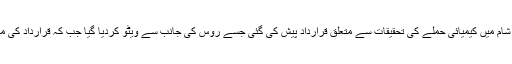
غیر ملکی خبررساں ادارے کے مطابق امریکا کی جانب سے اقوام متحدہ کی سلامتی کونسل میں شام میں کیمیائی حملے کی تحقیقات سے متعلق قرارداد پیش کی گئی جسے روس کی جانب سے ویٹو کردیا گیا جب کہ قرارداد کی منظوری کی صورت میں شام میں کیمیائی حملے سے متعلق نئی سرے سے تحقیقات کا آغاز ہوتا۔